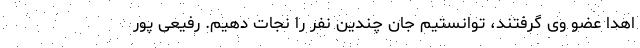
اهدا عضو وی گرفتند، توانستیم جان چندین نفر را نجات دهیم. رفیعی پور